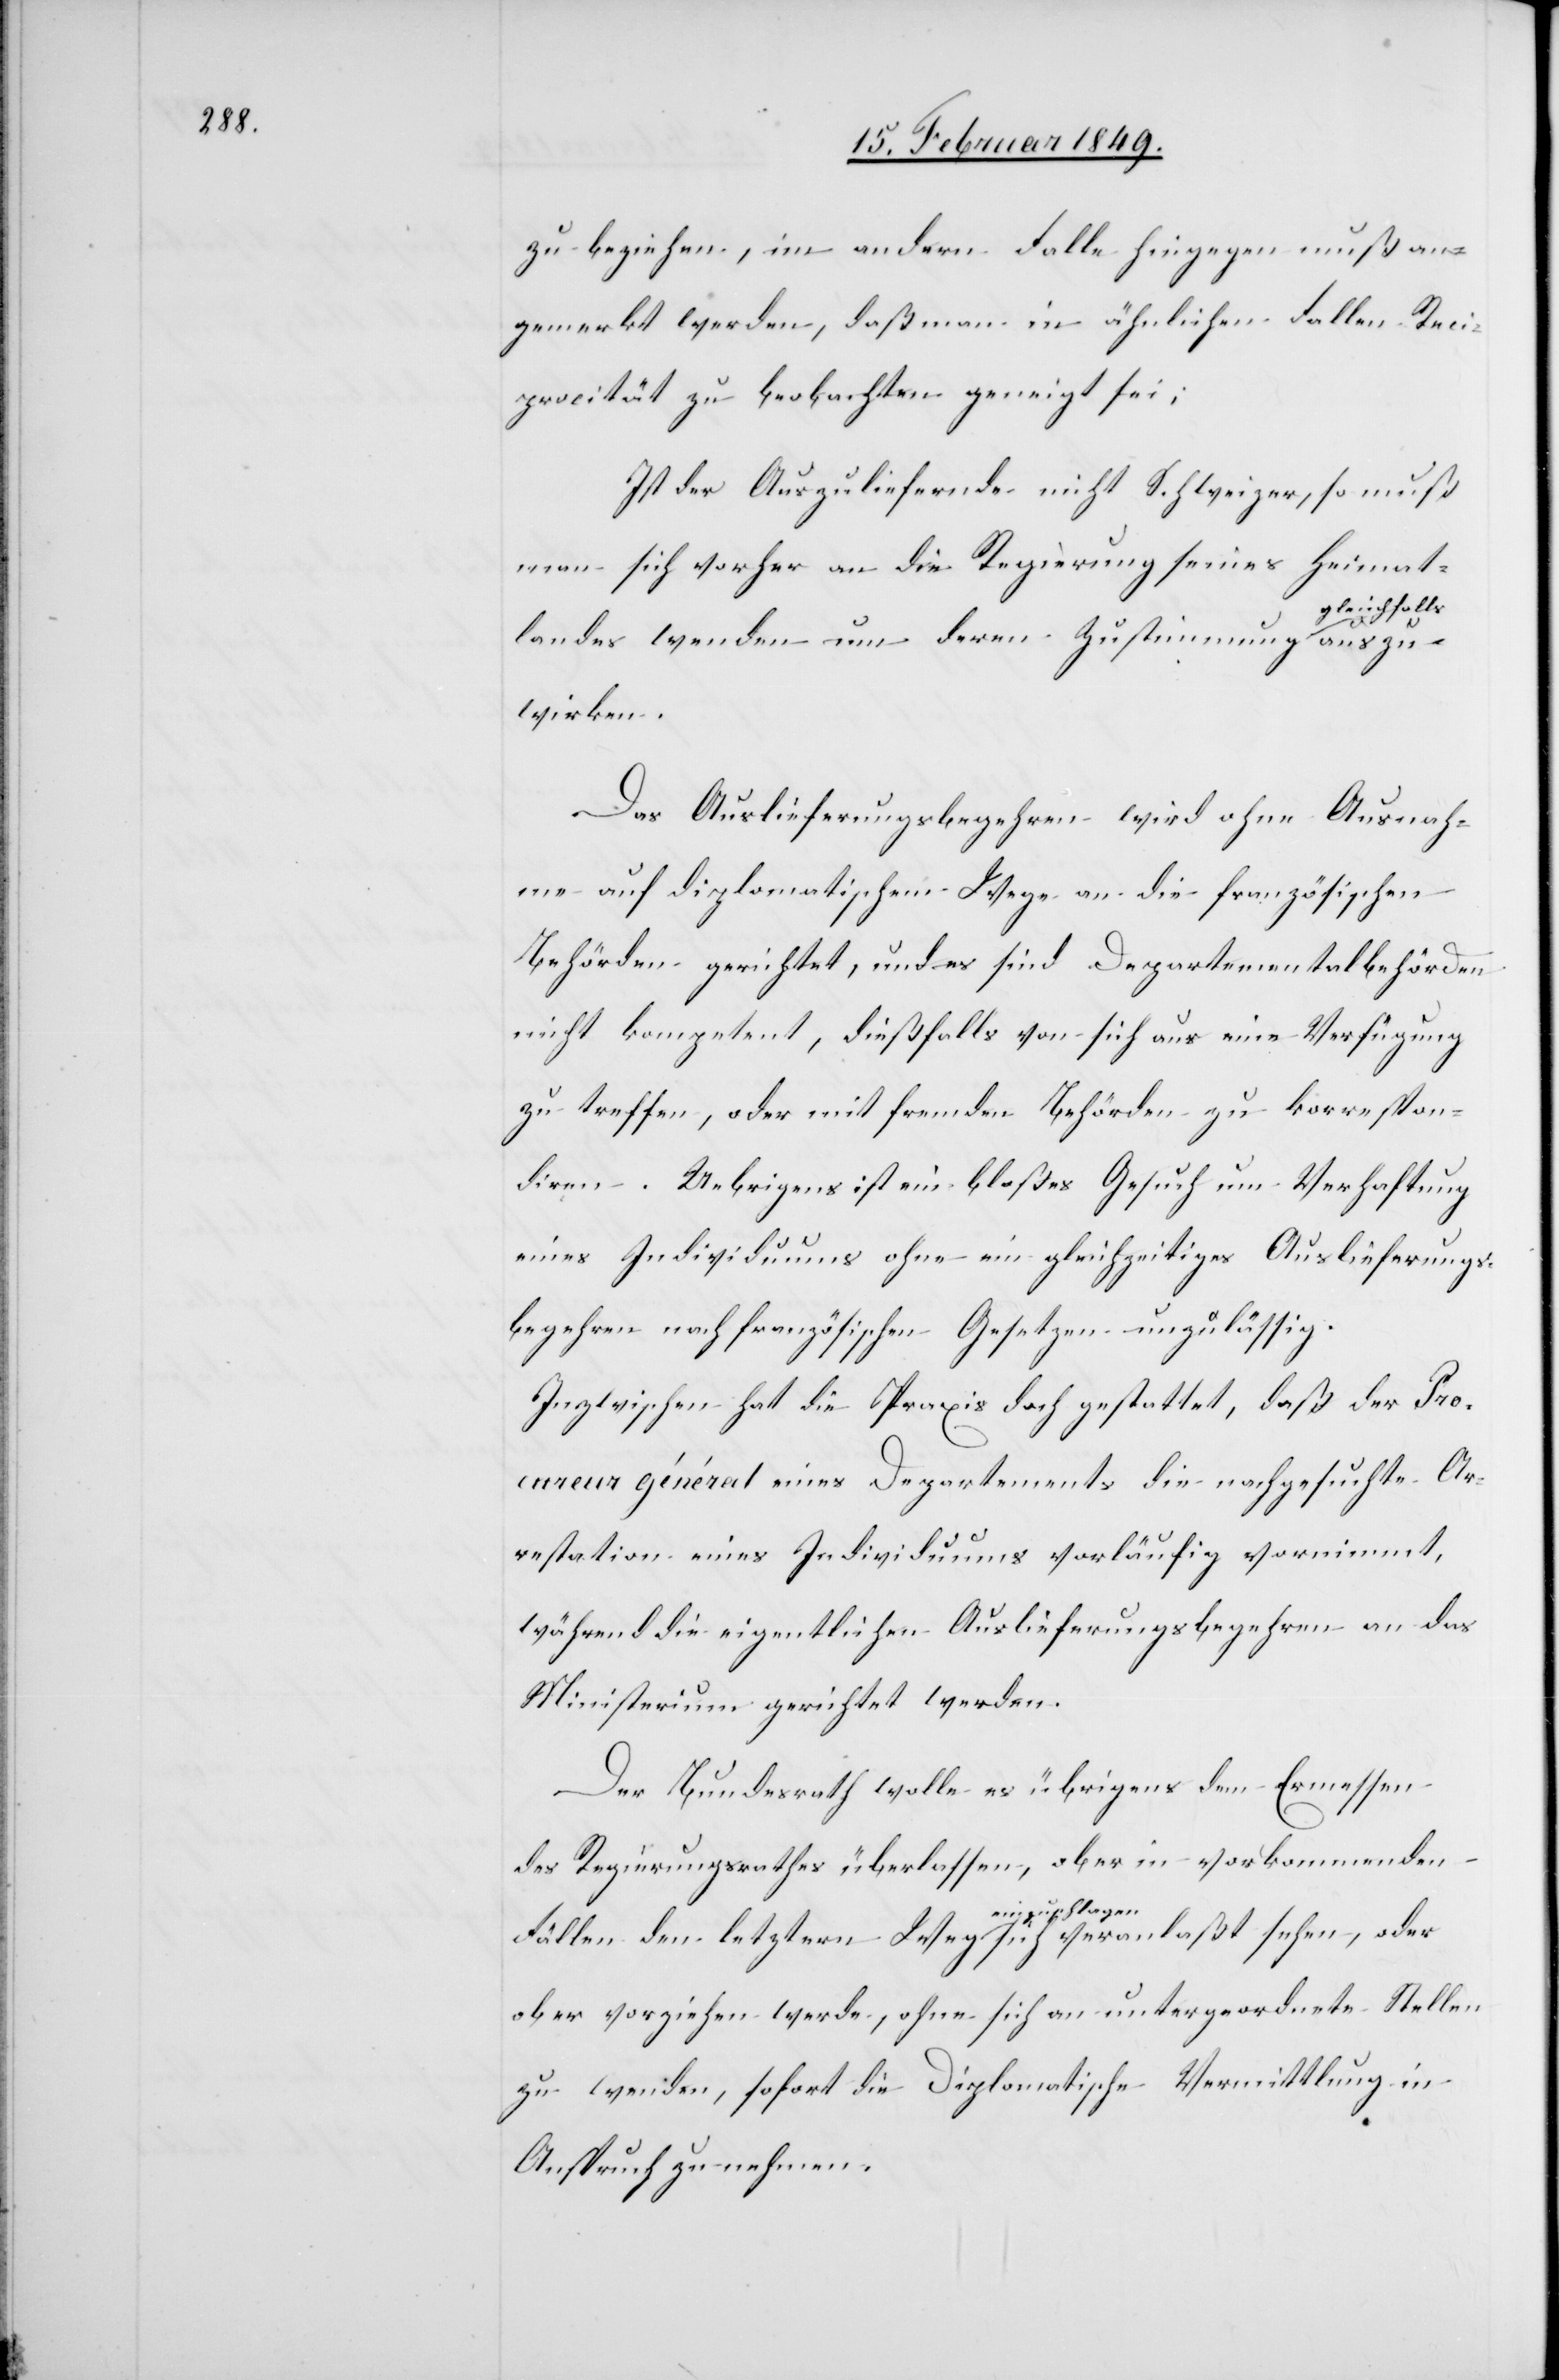
zu beziehen, im andern Falle hingegen muß an¬
gemerkt werden, daß man in ähnlichen Fallen [sic!]
Reciprocität zu beobachten geneigt sei;
Ist der Auszuliefernde nicht Schweizer, so muß
man sich vorher an die Regierung seines Heimat¬
leichfalls
landes wenden um deren Zustimmung g¬
Das Auslieferungsbegehren wird ohne Ausnah¬
me auf diplomatischem Wege an die französischen
Behörden gerichtet, und es sind Departementalbehörden
nicht kompetent, dießfalls von sich aus eine Verfügung
zu treffen, oder mit fremden Behörden zu korrespon¬
diren. Uebrigens ist ein bloßes Gesuch um Verhaftung
eines Individuums ohne ein gleichzeitiges Auslieferungs¬
begehren nach französischen Gesetzen unzulässig.
Inzwischen hat die Praxis doch gestattet, daß der Pro¬
cureur général eines Departements die nachgesuchte Ar¬
restation eines Individuums vorläufig vornimmt,
während die eigentlichen Auslieferungsbegehren an das
Ministerium gerichtet werden.
Der Bundesrath wolle es übrigens dem Ermessen
des Regierungsrathes überlassen, ob er in vorkommenden
Fällen den letztern Weg einzuschlagen sich veranlaßt
ob er vorziehen werde, ohne sich an untergeordnete Stellen
zu wenden, sofort die Diplomatische Vermittlung in
Anspruch zu nehmen.